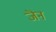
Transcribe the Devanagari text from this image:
जॆन